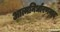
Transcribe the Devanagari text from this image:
आत्मनिर्धारणवाद